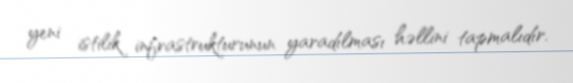
yeni istilik infrastrukturunun yaradılması həllini tapmalıdır.